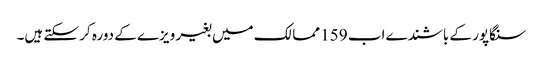
سنگاپور کے باشندے اب 159 ممالک میں بغیر ویزے کے دورہ کر سکتے ہیں۔